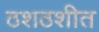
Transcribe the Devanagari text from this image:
ठशठशीत